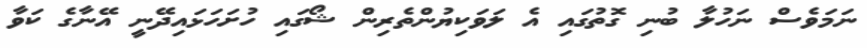
ނަމަވެސް ނަހުލާ ބުނި ގޮތުގައި އެ ލަވަކިޔުންތެރިން ޝޯގައި ހުށަހަޅައިދޭނީ އޭނާގެ ކަވާ